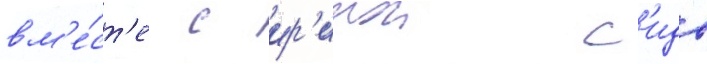
вм'е́ст'е с ир'инои с'идо